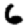
Digit: 6